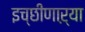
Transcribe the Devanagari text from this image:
इच्छीणाऱ्या